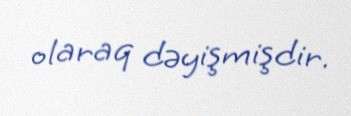
olaraq dəyişmişdir.